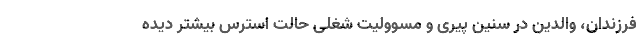
فرزندان، والدین در سنین پیری و مسوولیت شغلی حالت استرس بیشتر دیده